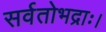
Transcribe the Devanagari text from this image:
सर्वतोभद्राः।